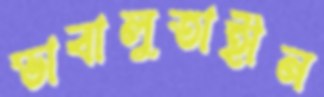
ভাবালুতাহীন